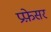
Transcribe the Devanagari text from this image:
प्रफ़ेसर